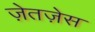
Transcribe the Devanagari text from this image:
ज़ेतज़ेस